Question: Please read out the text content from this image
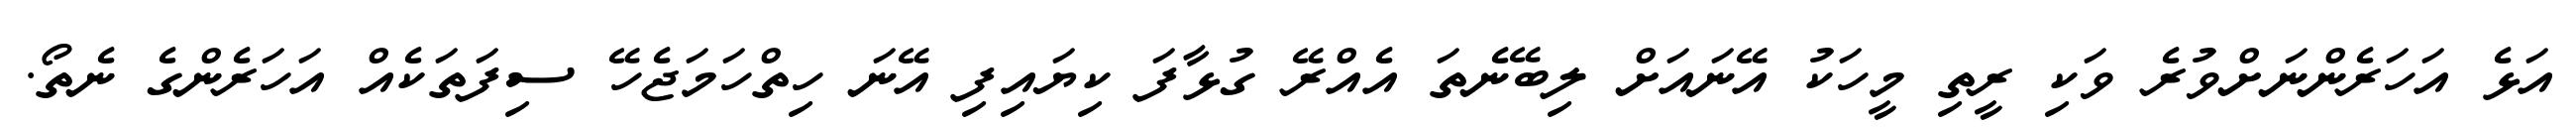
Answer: އަޅެ އަހަރެންނަށްވުރެ ވަކި ރީތި މީހަކު އޭނައަށް ލިބޭނެތަ އެއްރޭ ގުޅާފަ ކިޔައިފި އޭނަ ހިތްހަމަޖެހޭ ސިފަތަކެއް އަހަރެންގެ ނެތޯ.